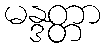
မန္ဒတ္တာ